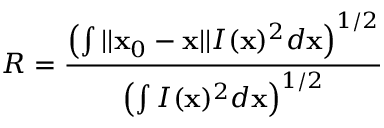
R = \frac { \left( \int | | \mathbf { x } _ { 0 } - \mathbf { x } | | I ( \mathbf { x } ) ^ { 2 } d \mathbf { x } \right) ^ { 1 / 2 } } { \left( \int I ( \mathbf { x } ) ^ { 2 } d \mathbf { x } \right) ^ { 1 / 2 } }